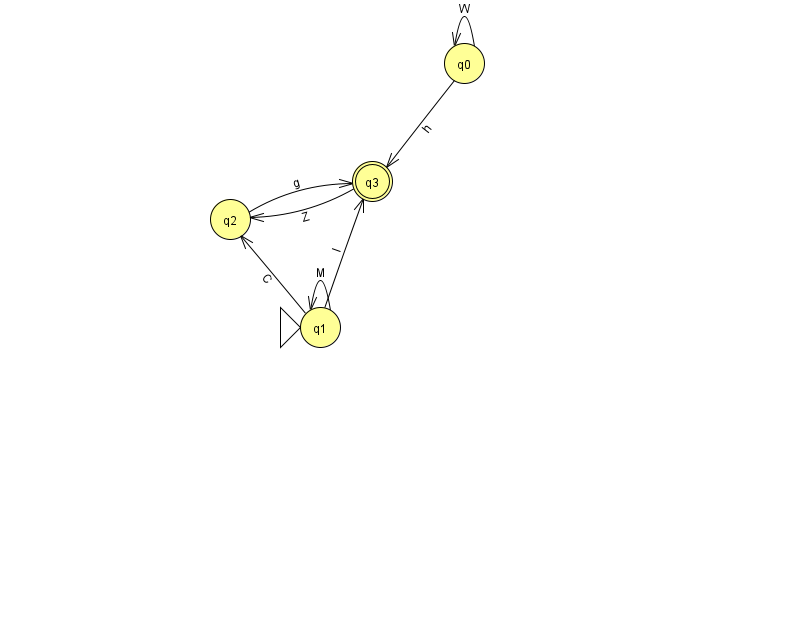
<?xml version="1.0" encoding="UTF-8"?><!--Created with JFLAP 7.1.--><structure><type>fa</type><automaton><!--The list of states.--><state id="0" name="q0"><x>464.0</x><y>50.0</y></state><state id="1" name="q1"><x>320.0</x><y>314.0</y><initial/></state><state id="2" name="q2"><x>230.0</x><y>206.0</y></state><state id="3" name="q3"><x>372.0</x><y>168.0</y><final/></state><!--The list of transitions.--><transition><from>2</from><to>3</to><read>g</read></transition><transition><from>1</from><to>2</to><read>C</read></transition><transition><from>0</from><to>0</to><read>W</read></transition><transition><from>0</from><to>3</to><read>h</read></transition><transition><from>1</from><to>1</to><read>M</read></transition><transition><from>3</from><to>2</to><read>Z</read></transition><transition><from>1</from><to>3</to><read>l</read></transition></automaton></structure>